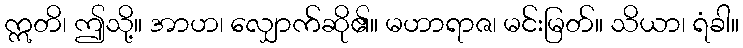
ဣတိ၊ ဤသို့။ အာဟ၊ လျှောက်ဆို၏။ မဟာရာဇ၊ မင်းမြတ်။ သိယာ၊ ရံခါ။